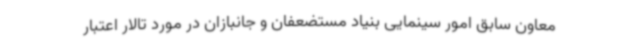
معاون سابق امور سینمایی بنیاد مستضعفان و جانبازان در مورد تالار اعتبار